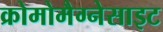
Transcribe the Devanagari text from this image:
क्रोमोमैग्‍नेसाइट